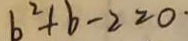
b ^ { 2 } + b - 2 = 0 \cdot